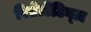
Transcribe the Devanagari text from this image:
रिप्रेज़ेंटिव्ज़